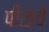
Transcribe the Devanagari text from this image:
पीळचे